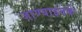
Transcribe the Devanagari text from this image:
जाण्याइतके